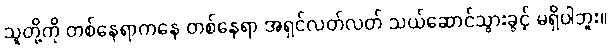
သူတို့ကို တစ်နေရာကနေ တစ်နေရာ အရှင်လတ်လတ် သယ်ဆောင်သွားခွင့် မရှိပါဘူး။